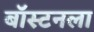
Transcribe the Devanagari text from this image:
बॉस्टनला